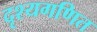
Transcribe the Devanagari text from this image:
दृश्यगणित